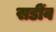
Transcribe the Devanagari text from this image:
सडींव